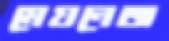
মেয়নেজ